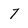
Character: 7